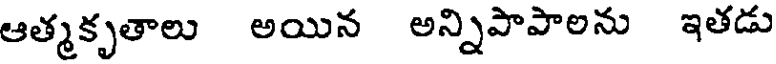
ఆత్మకృతాలు అయిన అన్నిపాపాలను ఇతడు